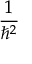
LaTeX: \frac { 1 } { \hbar ^ { 2 } }